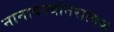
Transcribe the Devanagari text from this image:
नानावस्थांतरात्मक